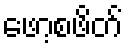
ဖော့စဖိတ်